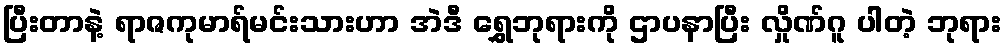
ပြီးတာနဲ့ ရာဇကုမာရ်မင်းသားဟာ အဲဒီ ရွှေဘုရားကို ဌာပနာပြီး လှိုဏ်ဂူ ပါတဲ့ ဘုရား